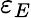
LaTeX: \varepsilon_{E}